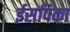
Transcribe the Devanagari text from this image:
ईसपिका